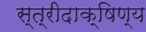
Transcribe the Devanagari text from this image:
स्त्रीदाक्षिण्य